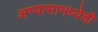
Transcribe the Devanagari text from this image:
अभ्यासामध्येही